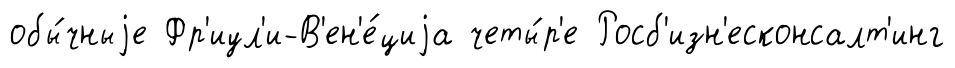
обы́чныjе Фр'иул'и-В'ен'е́циjа четы́р'е Росб'изн'есконсалт'инг